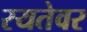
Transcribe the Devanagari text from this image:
रयतेवर